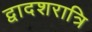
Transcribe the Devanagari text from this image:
द्वादशरात्रि